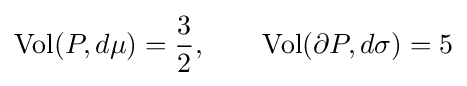
\operatorname {Vol} (P,d\mu )={\frac {3}{2}},\qquad \operatorname {Vol} (\partial P,d\sigma )=5